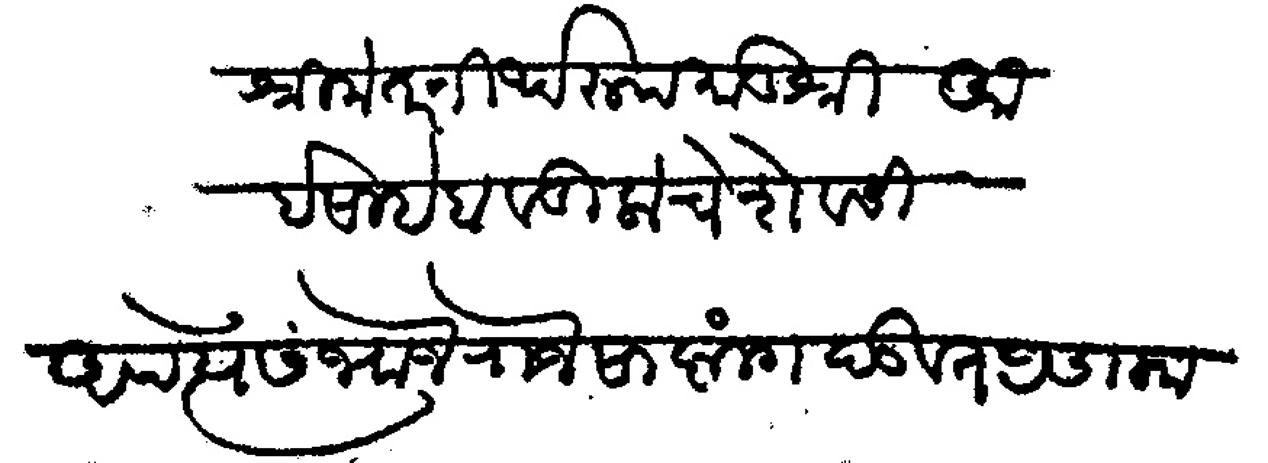
Transliteration (Devanagari): श्रीमंत तीर्थरूप मातुश्री आईसाहेब वडिलांचे सेवेसी अपत्ये संभाजीराजे साष्टांग नमस्कार दंडवत प्रमाण